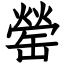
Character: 罃